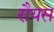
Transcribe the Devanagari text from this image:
रौयस